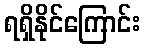
ရရှိနိုင်ကြောင်း